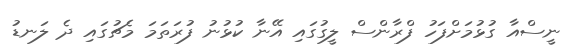
ނީސްއާ ގުޅުމަށްފަހު ފްރާންސް ލީގުގައި އޭނާ ކުޅުނު ފުރަތަަމަ މެޗުގައި ދެ ލަނޑު